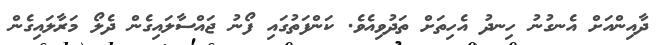
ދާއިންއަށް އެނގުނު ހިނދު އެހިތަށް ތަދުވިއެވެ. ކަންފަތުގައި ފޯނު ޖައްސާލައިގެން ދެލޯ މަރާލައިގެން